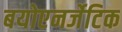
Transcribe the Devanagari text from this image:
बयोएनर्जेटिक